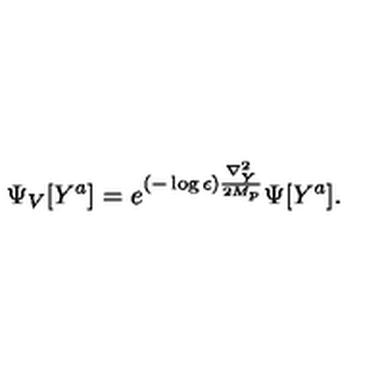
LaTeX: \Psi _ { V } [ Y ^ { a } ] = e ^ { ( - \log \epsilon ) { \frac { \nabla _ { Y } ^ { 2 } } { 2 M _ { p } } } } \Psi [ Y ^ { a } ] .